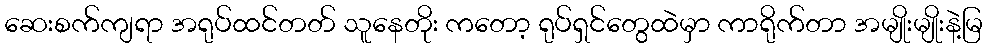
ဆေးစက်ကျရာ အရုပ်ထင်တတ် သူနေတိုး ကတော့ ရုပ်ရှင်တွေထဲမှာ ကာရိုက်တာ အမျိုးမျိုးနဲ့မြ